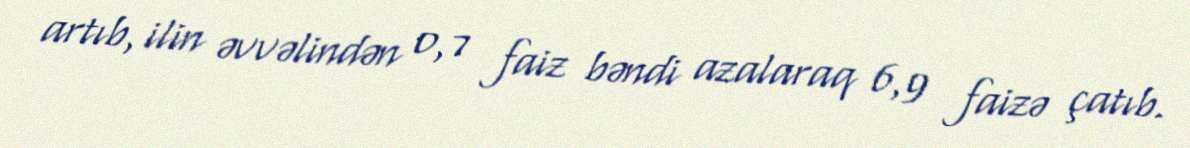
artıb, ilin əvvəlindən 0,7 faiz bəndi azalaraq 6,9 faizə çatıb.